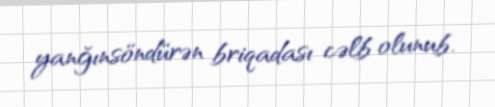
yanğınsöndürən briqadası cəlb olunub.